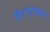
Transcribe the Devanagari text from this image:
हिरगांवकर